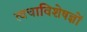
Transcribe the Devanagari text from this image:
त्वचाविशेषज्ञों